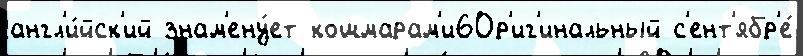
англ'и́йск'ий знам'ену́ет кошмарам'и6Ор'иг'инальный с'ент'ябр'е́